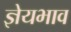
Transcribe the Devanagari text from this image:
ज्ञेयभाव